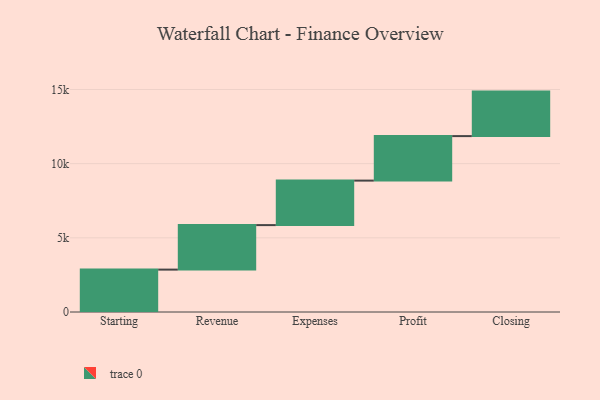
{"axis": {"x": "Step", "y": "Value"}, "legend": [""], "data": [{"x": "Starting", "y": 2858.0, "type": ""}, {"x": "Revenue", "y": 3000, "type": ""}, {"x": "Expenses", "y": 3000, "type": ""}, {"x": "Profit", "y": 3000, "type": ""}, {"x": "Closing", "y": 3000, "type": ""}]}